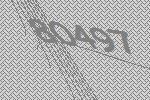
80497